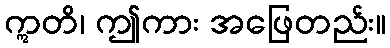
ဣတိ၊ ဤကား အဖြေတည်း။